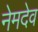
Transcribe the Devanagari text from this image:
नेमदेव